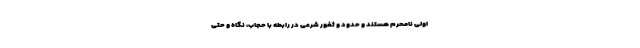
اولی نامحرم هستند و حدود و ثغور شرعی در رابطه با حجاب، نگاه و حتی